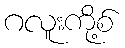
ဂလူးကို့စ်